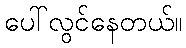
ပေါ်လွင်နေတယ်။